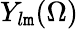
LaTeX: Y_{l\mathtt{m}}(\Omega)